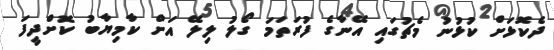
ދެކޮޅަށް ކުޅުނު މެޗުގައި އޭނާގެ ފުރަތަމަ ގޯލު ލިލޭ އަށް ކާމިޔާބު ކޮށްދީފަ